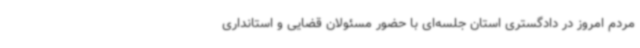
مردم امروز در دادگستری استان جلسه‌ای با حضور مسئولان قضایی و استانداری